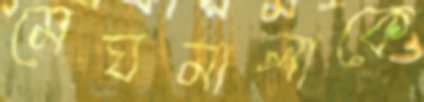
মেঘমালাকে